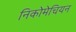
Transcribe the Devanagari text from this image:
निकोमेचियन